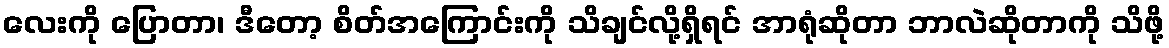
လေးကို ပြောတာ၊ ဒီတော့ စိတ်အကြောင်းကို သိချင်လို့ရှိရင် အာရုံဆိုတာ ဘာလဲဆိုတာကို သိဖို့